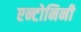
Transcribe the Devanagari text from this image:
एन्टोनिनी